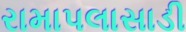
રામાપલાસાડી